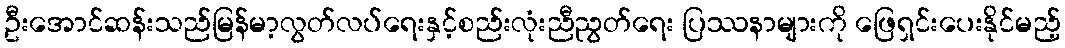
ဦးအောင်ဆန်းသည်မြန်မာ့လွတ်လပ်ရေးနှင့်စည်းလုံးညီညွတ်ရေး ပြဿနာများကို ဖြေရှင်းပေးနိုင်မည့်